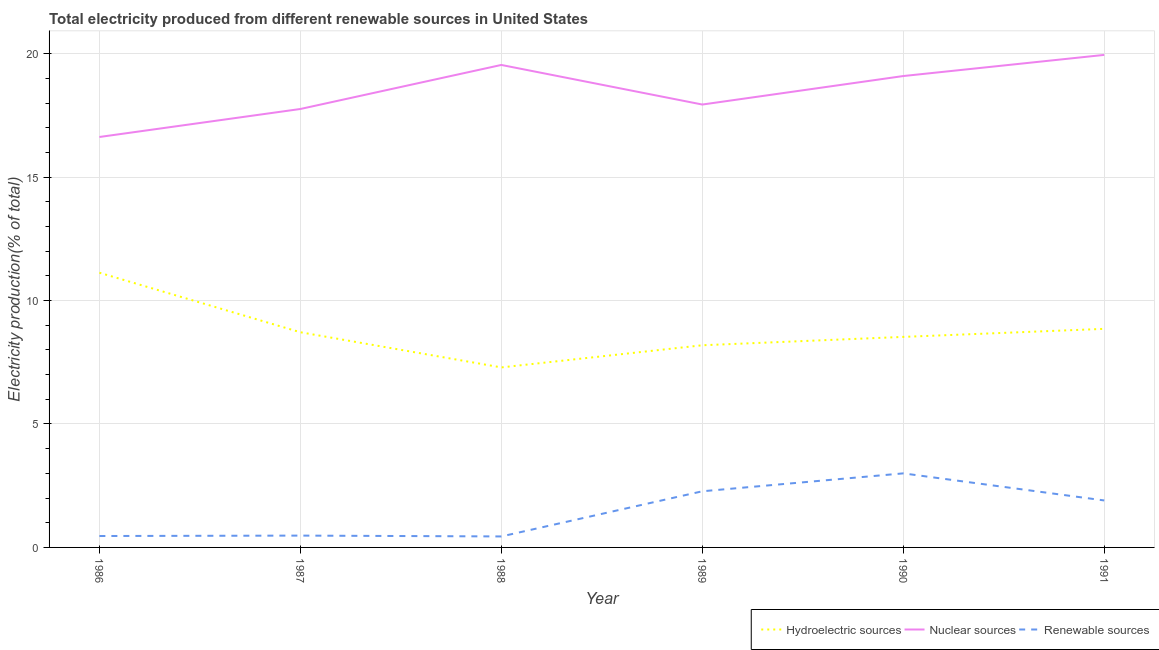
| Year | Hydroelectric sources | Nuclear sources | Renewable sources |
 | --- | --- | --- | --- |
 | 1986 | 11.1 | 16.6 | 0.462 |
 | 1987 | 8.72 | 17.8 | 0.479 |
 | 1988 | 7.29 | 19.5 | 0.445 |
 | 1989 | 8.19 | 17.9 | 2.27 |
 | 1990 | 8.53 | 19.1 | 3 |
 | 1991 | 8.85 | 20 | 1.9 |